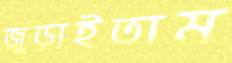
জুড়াইতাম